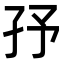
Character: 㜿